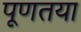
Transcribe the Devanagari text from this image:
पूणतया